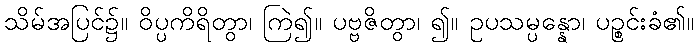
သိမ်အပြင်၌။ ဝိပ္ပကိရိတွာ၊ ကြဲ၍။ ပဗ္ဗဇိတွာ၊ ၍။ ဥပသမ္ပန္နော၊ ပဉ္စင်းခံ၏။